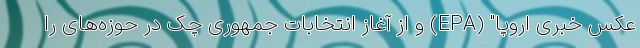
عکس خبری اروپا" (EPA) و از آغاز انتخابات جمهوری چک در حوزه‌های را